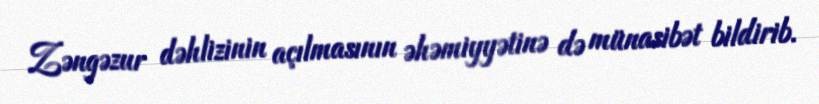
Zəngəzur dəhlizinin açılmasının əhəmiyyətinə də münasibət bildirib.